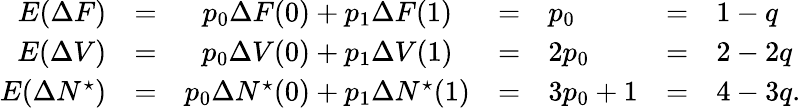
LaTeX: \begin{array}{rccclcl}{E(\Delta F)}&{=}&{p_{0}\Delta F(0)+p_{1}\Delta F(1)}&{=}&{p_{0}}&{=}&{1-q}\\ {E(\Delta V)}&{=}&{p_{0}\Delta V(0)+p_{1}\Delta V(1)}&{=}&{2p_{0}}&{=}&{2-2q}\\ {E(\Delta N^{\star})}&{=}&{p_{0}\Delta N^{\star}(0)+p_{1}\Delta N^{\star}(1)}&{=}&{3p_{0}+1}&{=}&{4-3q.}\end{array}